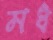
মধ